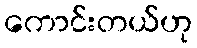
ကောင်းတယ်ဟု